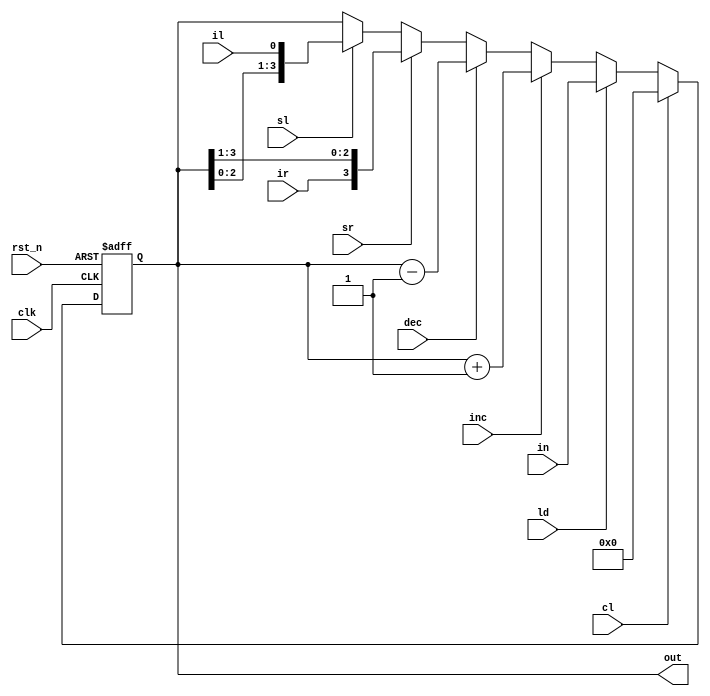
module register(clk, rst_n, cl, ld, in, inc, dec, sr, ir, sl, il, out);

input clk, rst_n, cl, ld, inc, dec, sr, ir, sl, il;
input [3:0] in;
output [3:0] out;

reg [3:0] out_reg, out_next;
assign out = out_reg;

always @(posedge clk, negedge rst_n)
    if (!rst_n)
        out_reg <= 4'b0000;
    else
        out_reg <= out_next;

always @(*) begin
    out_next = out_reg;
    if (cl)
        out_next = 4'b0000;
    else if (ld)
        out_next = in;
    else if (inc)
        out_next = out_reg + 4'b0001;
    else if (dec)
        out_next = out_reg - 4'b0001;
    else if (sr)
        out_next = {ir, out_reg[3:1]};
    else if (sl)
        out_next = {out_reg[2:0], il};
end

endmodule